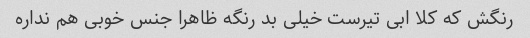
رنگش که کلا ابی تیرست خیلی بد رنگه ظاهرا جنس خوبی هم نداره